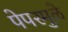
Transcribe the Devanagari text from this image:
पेपरमुळे